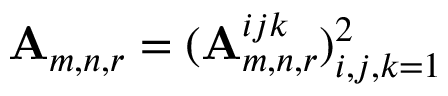
\mathbf { A } _ { m , n , r } = ( \mathbf { A } _ { m , n , r } ^ { i j k } ) _ { i , j , k = 1 } ^ { 2 }